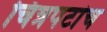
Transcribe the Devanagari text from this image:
चित्रपटांच